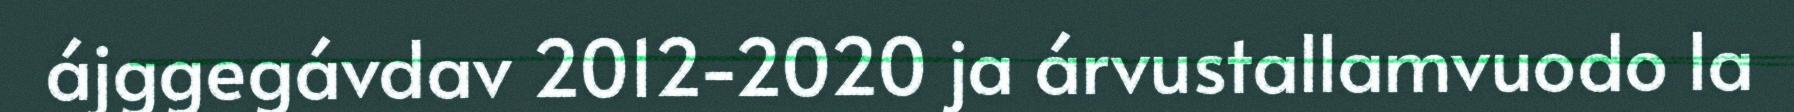
ájggegávdav 2012-2020 ja árvustallamvuodo la